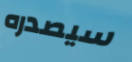
سيصدره